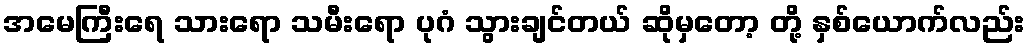
အမေကြီးရေ သားရော သမီးရော ပုဂံ သွားချင်တယ် ဆိုမှတော့ တို့ နှစ်ယောက်လည်း